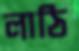
লাঠি